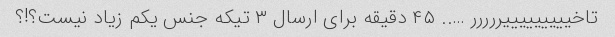
تاخیییییییییررررر ….. ۴۵ دقیقه برای ارسال ۳ تیکه جنس یکم زیاد نیست؟!؟